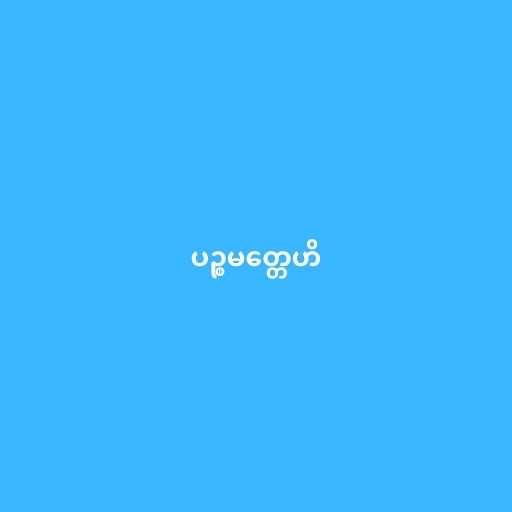
ပဉ္စမတ္တေဟိ